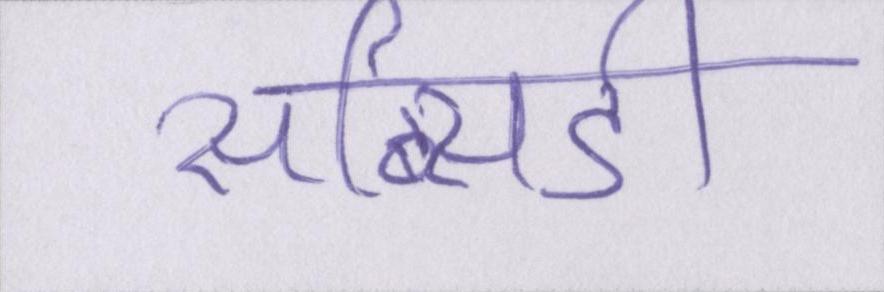
सब्सिडी